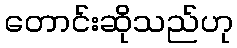
တောင်းဆိုသည်ဟု